Indian journal of veterinary science and animal husbandry - Volumes 15-17, 1948-1951
Year: 1948
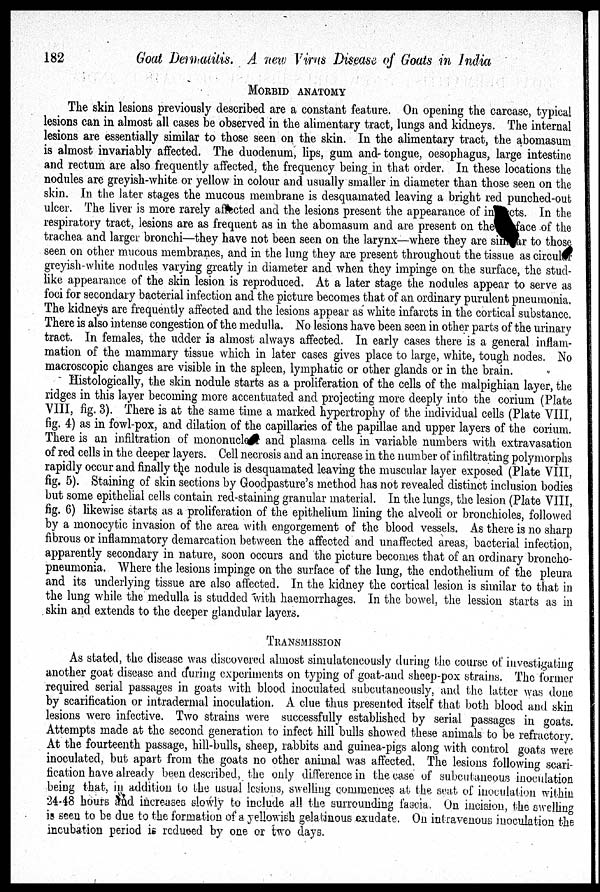
182
Goat Dermatitis. A new Virus Disease of Goats in India
MORBID ANATOMY
The skin lesions previously described are a constant feature. On opening the carcase, typical
lesions can in almost all cases be observed in the alimentary tract, lungs and kidneys. The internal
lesions are essentially similar to those seen on the skin. In the alimentary tract, the abomasum
is almost invariably affected. The duodenum, lips, gum and tongue, oesophagus, large intestine
and rectum are also frequently affected, the frequency being in that order. In these locations the
nodules are greyish-white or yellow in colour and usually smaller in diameter than those seen on the
skin. In the later stages the mucous membrane is desquamated leaving a bright red punched-out
ulcer. The liver is more rarely affected and the lesions present the appearance of in cts. In the
respiratory tract, lesions are as frequent as in the abomasum and are present on the
face of the
trachea and larger bronchi—they have not been seen on the larynx—where they are similar to those
seen on other mucous membranes, and in the lung they are present throughout the tissue as circul r
greyish-white nodules varying greatly in diameter and when they impinge on the surface, the stud-
like appearance of the skin lesion is reproduced. At a later stage the nodules appear to serve as
foci for secondary bacterial infection and the picture becomes that of an ordinary purulent pneumonia.
The kidneys are frequently affected and the lesions appear as white infarcts in the cortical substance.
There is also intense congestion of the medulla. No lesions have been seen in other parts of the urinary
tract. In females, the udder is almost always affected. In early cases there is a general inflam-
mation of the mammary tissue which in later cases gives place to large, white, tough nodes. No
macroscopic changes are visible in the spleen, lymphatic or other glands or in the brain.
Histologically, the skin nodule starts as a proliferation of the cells of the malpighian layer, the
ridges in this layer becoming more accentuated and projecting more deeply into the corium (Plate
VIII, fig. 3). There is at the same time a marked hypertrophy of the individual cells (Plate VIII,
fig. 4) as in fowl-pox, and dilation of the capillaries of the papillae and upper layers of the corium.
There is an infiltration of mononucle and plasma cells in variable numbers with extravasation
of red cells in the deeper layers. Cell necrosis and an increase in the number of infiltrating polymorphs
rapidly occur and finally the nodule is desquamated leaving the muscular layer exposed (Plate VIII,
fig. 5). Staining of skin sections by Goodpasture's method has not revealed distinct inclusion bodies
but some epithelial cells contain red-staining granular material. In the lungs, the lesion (Plate VIII,
fig. 6) likewise starts as a proliferation of the epithelium lining the alveoli or bronchioles, followed
by a monocytic invasion of the area with engorgement of the blood vessels. As there is no sharp
fibrous or inflammatory demarcation between the affected and unaffected areas, bacterial infection,
apparently secondary in nature, soon occurs and the picture becomes that of an ordinary broncho-
pneumonia. Where the lesions impinge on the surface of the lung, the endothelium of the pleura
and its underlying tissue are also affected. In the kidney the cortical lesion is similar to that in
the lung while the medulla is studded with haemorrhages. In the bowel, the lession starts as in
skin and extends to the deeper glandular layers.
TRANSMISSION
As stated, the disease was discovered almost simulateneously during the course of investigating
another goat disease and during experiments on typing of goat-and sheep-pox strains. The former
required serial passages in goats with blood inoculated subcutaneously, and the latter was done
by scarification or intradermal inoculation. A clue thus presented itself that both blood and skin
lesions were infective. Two strains were successfully established by serial passages in goats.
Attempts made at the second generation to infect hill bulls showed these animals to be refractory.
At the fourteenth passage, hill-bulls, sheep, rabbits and guinea-pigs along with control goats were
inoculated, but apart from the goats no other animal was affected. The lesions following scari-
fication have already been described, the only difference in the case of subcutaneous inoculation
being that, in addition to the usual lesions, swelling commences at the seat of inoculation within
24-48 hours and increases slowly to include all the surrounding fascia. On incision, the swelling
is seen to be due to the formation of a yellowish gelatinous exudate. On intravenous inoculation the
incubation period is reduced by one or two days.